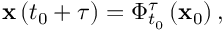
\mathbf { x } \left( t _ { 0 } + \tau \right) = \Phi _ { t _ { 0 } } ^ { \tau } \left( \mathbf { x } _ { 0 } \right) ,